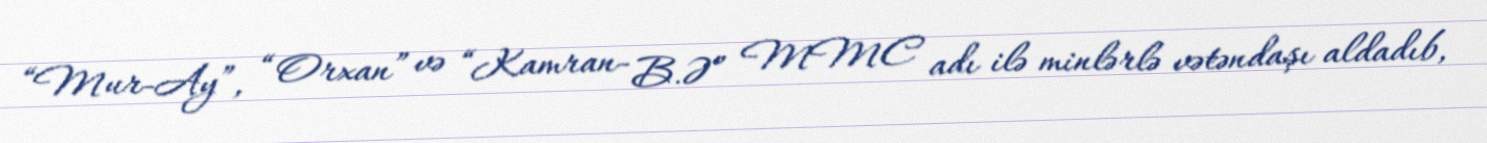
“Mur-Ay”, “Orxan” və “Kamran- B.Ə” MMC adı ilə minlərlə vətəndaşı aldadıb,